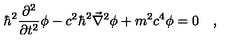
\hbar ^ { 2 } \frac { \partial ^ { 2 } } { \partial t ^ { 2 } } \phi - c ^ { 2 } \hbar ^ { 2 } \vec { \nabla } ^ { 2 } \phi + m ^ { 2 } c ^ { 4 } \phi = 0 \quad ,